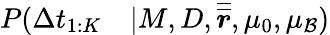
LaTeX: \begin{array}{rl}{P(\Delta t_{1:K}}&{{}|M,D,\boldsymbol{\overline{{\overline{{r}}}}},\mu_{0},\mu_{\mathcal{B}})}\end{array}